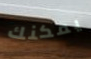
يمكنك